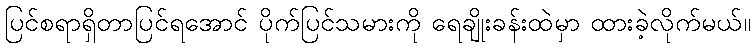
ပြင်စရာရှိတာပြင်ရအောင် ပိုက်ပြင်သမားကို ရေချိုးခန်းထဲမှာ ထားခဲ့လိုက်မယ်။